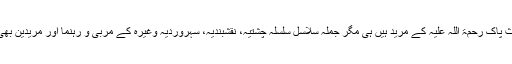
سلسلہ قادریہ سے تعلق رکھنے والے تو حضور غوث پاک رحمۃ اللہ علیہ کے مرید ہیں ہی مگر جملہ سلاسل سلسلہ چشتیہ، نقشبندیہ، سہروردیہ وغیرہ کے مربی و رہنما اور مریدین بھی حضور غوث الاعظم کے مرید اور فیض یافتہ ہیں۔